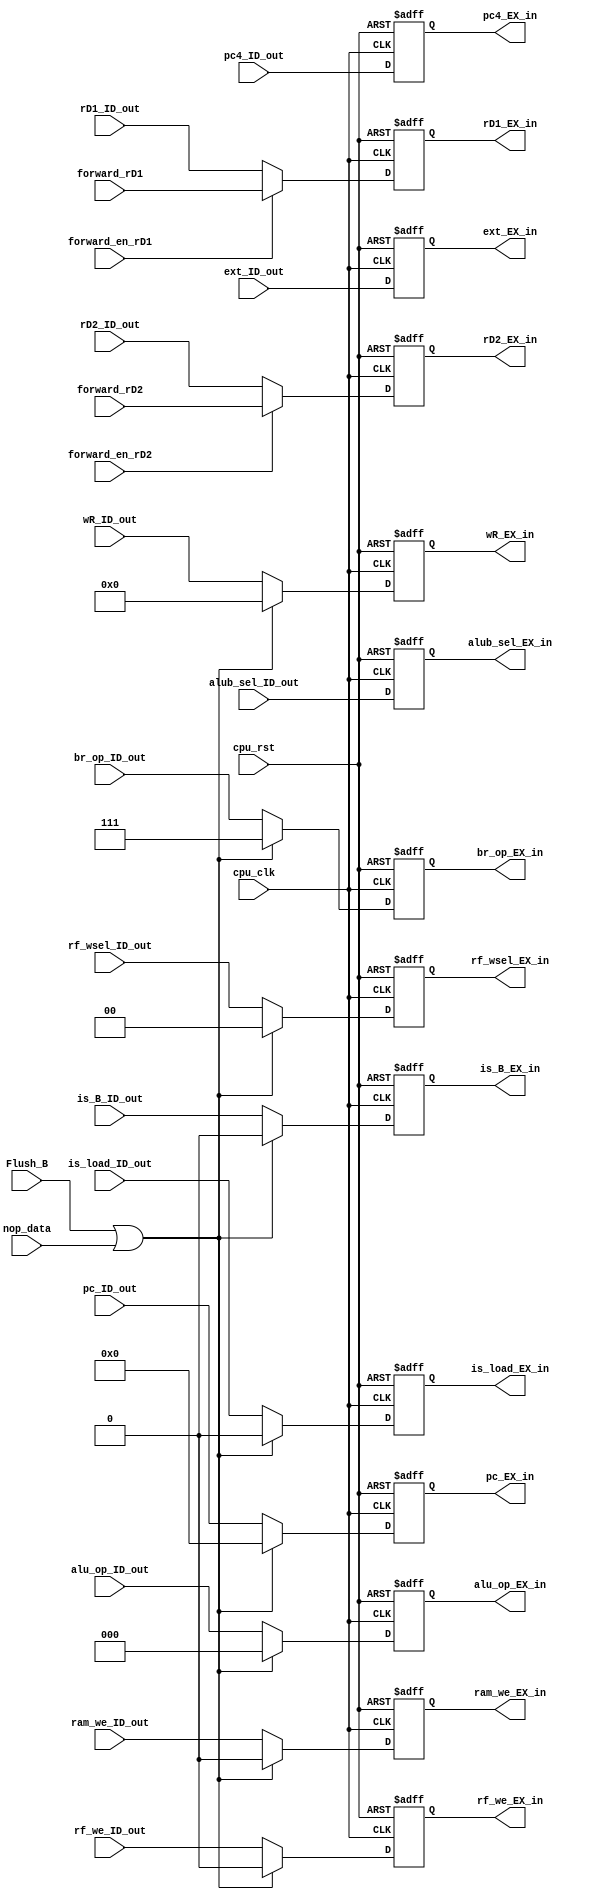
module REG_ID_EX (
   input wire cpu_rst,
   input wire cpu_clk,

   input wire [31:0] ext_ID_out,
   output reg [31:0] ext_EX_in,

   input wire [31:0] pc4_ID_out,
   output reg [31:0] pc4_EX_in,

   input wire [4:0] wR_ID_out,
   output reg [4:0] wR_EX_in,

   input wire ram_we_ID_out,
   output reg ram_we_EX_in,

   input wire [2:0] alu_op_ID_out,
   output reg [2:0] alu_op_EX_in,

   input wire alub_sel_ID_out,
   output reg alub_sel_EX_in,

   input wire [1:0] rf_wsel_ID_out,
   output reg [1:0] rf_wsel_EX_in,

   input wire rf_we_ID_out,
   output reg rf_we_EX_in,

   input wire [2:0] br_op_ID_out,
   output reg [2:0] br_op_EX_in,

   input wire [31:0] rD1_ID_out,
   output reg [31:0] rD1_EX_in,

   input wire [31:0] rD2_ID_out,
   output reg [31:0] rD2_EX_in,

   input wire forward_en_rD1,
   input wire forward_en_rD2,

   input wire [31:0] forward_rD1,
   input wire [31:0] forward_rD2,

   input wire is_load_ID_out,
   output reg is_load_EX_in,

   input wire is_B_ID_out,
   output reg is_B_EX_in,

   input wire [31:0] pc_ID_out,
   output reg [31:0] pc_EX_in,

   input wire nop_data,
   input wire Flush_B

`ifdef RUN_TRACE
   ,// debug

   input wire inst_valid_ID_out,
   output reg inst_valid_EX_in

`endif 
);

   //ext
   always @(posedge cpu_clk or posedge cpu_rst) begin
      if (cpu_rst)
         ext_EX_in <= 32'h0;
      else
         ext_EX_in <= ext_ID_out;
   end

   //pc4
   always @(posedge cpu_clk or posedge cpu_rst) begin
      if (cpu_rst)
         pc4_EX_in <= 32'h0;
      else
         pc4_EX_in <= pc4_ID_out;
   end

   //wR
   always @(posedge cpu_clk or posedge cpu_rst) begin
      if (cpu_rst)
         wR_EX_in <= 5'b0;
      else if (Flush_B || nop_data)
         wR_EX_in <= 5'b0;
      else
         wR_EX_in <= wR_ID_out;
   end

   //ram_we
   always @(posedge cpu_clk or posedge cpu_rst) begin
      if (cpu_rst)
         ram_we_EX_in <= 1'b0;
      else if (Flush_B || nop_data)
         ram_we_EX_in <= 1'b0;
      else
         ram_we_EX_in <= ram_we_ID_out;
   end

   //alu_op
   always @(posedge cpu_clk or posedge cpu_rst) begin
      if (cpu_rst)
         alu_op_EX_in <= 3'b0;
      else if (Flush_B || nop_data)
         alu_op_EX_in <= 3'b0;
      else
         alu_op_EX_in <= alu_op_ID_out;
   end

   always @(posedge cpu_clk or posedge cpu_rst) begin
      if (cpu_rst)
         alub_sel_EX_in <= 1'b0;
      else
         alub_sel_EX_in <= alub_sel_ID_out;
   end

   //rf_wsel
   always @(posedge cpu_clk or posedge cpu_rst) begin
      if (cpu_rst)
         rf_wsel_EX_in <= 2'b0;
      else if (Flush_B || nop_data)
         rf_wsel_EX_in <= 2'b0;
      else
         rf_wsel_EX_in <= rf_wsel_ID_out;
   end

   //rf_we
   always @(posedge cpu_clk or posedge cpu_rst) begin
      if (cpu_rst)
         rf_we_EX_in <= 1'b0;
      else if (Flush_B || nop_data)
         rf_we_EX_in <= 1'b0;
      else
         rf_we_EX_in <= rf_we_ID_out;
   end

   //br_op
   always @(posedge cpu_clk or posedge cpu_rst) begin
      if (cpu_rst)
         br_op_EX_in <= 3'b111;
      else if (Flush_B || nop_data)
         br_op_EX_in <= 3'b111;
      else
         br_op_EX_in <= br_op_ID_out;
   end

   //rD1
   always @(posedge cpu_clk or posedge cpu_rst) begin
      if (cpu_rst)
         rD1_EX_in <= 32'h0;
      else if (forward_en_rD1)
         rD1_EX_in <= forward_rD1;
      else
         rD1_EX_in <= rD1_ID_out;
   end


   //rD2
   always @(posedge cpu_clk or posedge cpu_rst) begin
      if (cpu_rst)
         rD2_EX_in <= 32'h0;
      else if (forward_en_rD2)
         rD2_EX_in <= forward_rD2;
      else
         rD2_EX_in <= rD2_ID_out;
   end

   //is_load
   always @(posedge cpu_clk or posedge cpu_rst) begin
      if (cpu_rst)
         is_load_EX_in <= 1'b0;
      else if (Flush_B || nop_data)
         is_load_EX_in <= 1'b0;
      else
         is_load_EX_in <= is_load_ID_out;
   end  

   //is_B
   always @(posedge cpu_clk or posedge cpu_rst) begin
      if (cpu_rst)
         is_B_EX_in <= 1'b0;
      else if (Flush_B || nop_data)
         is_B_EX_in <= 1'b0;
      else
         is_B_EX_in <= is_B_ID_out;
   end  

   //pc
   always @(posedge cpu_clk or posedge cpu_rst) begin
      if (cpu_rst)
         pc_EX_in <= 32'h0;
      else if (Flush_B || nop_data)
         pc_EX_in <= 32'h0;
      else
         pc_EX_in <= pc_ID_out;
   end

`ifdef RUN_TRACE

   always @(posedge cpu_clk or posedge cpu_rst) begin
      if (cpu_rst)
         inst_valid_EX_in <= 1'b0;
      else if (Flush_B || nop_data)
         inst_valid_EX_in <= 1'b0;
      else
         inst_valid_EX_in <= inst_valid_ID_out;
   end
`endif


endmodule //REG_ID_EX